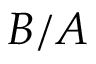
B / A